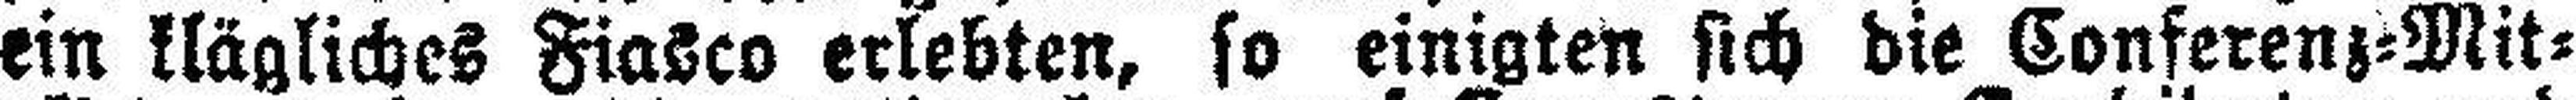
ein klägliches Fiasco erlebten, so einigten sich die Conferenz=Mit¬